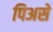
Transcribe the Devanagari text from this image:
पिअसे